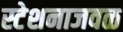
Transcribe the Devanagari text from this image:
स्टेशनाजवळ